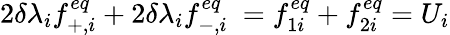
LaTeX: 2\delta\lambda_{i}f_{+,i}^{eq}+2\delta\lambda_{i}f_{-,i}^{eq}\ =f_{1i}^{eq}+f_{2i}^{eq}=U_{i}